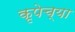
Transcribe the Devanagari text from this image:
कृपेच्या